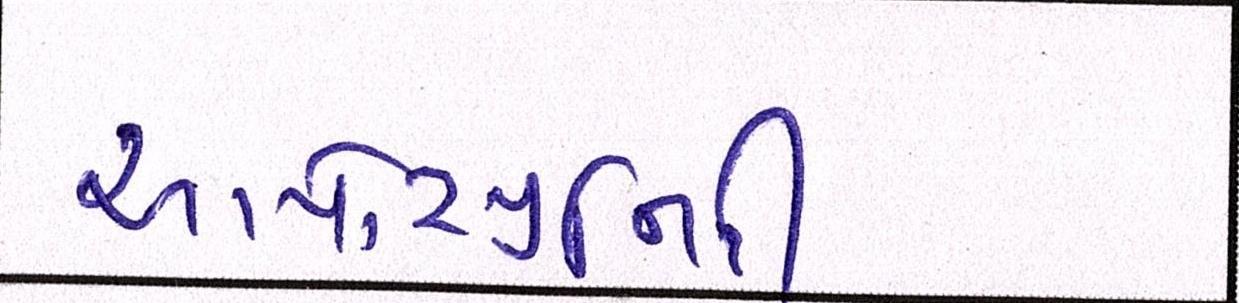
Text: ઓપોર્ચ્યુનિટી